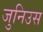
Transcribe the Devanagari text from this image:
जुनिउस